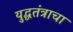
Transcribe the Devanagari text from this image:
युद्धतंत्राचा